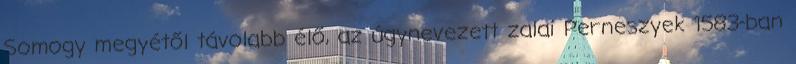
Somogy megyétől távolabb élő, az úgynevezett zalai Perneszyek 1583-ban